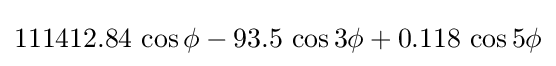
111412.84\,\cos \phi -93.5\,\cos 3\phi +0.118\,\cos 5\phi